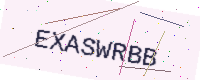
Text: EXASWRBB